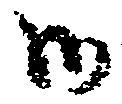
御